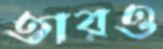
তারও